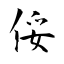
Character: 俀